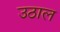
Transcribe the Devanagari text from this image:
उठाल